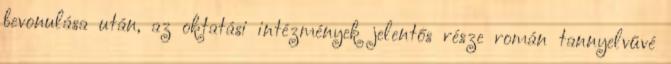
bevonulása után, az oktatási intézmények jelentős része román tannyelvűvé